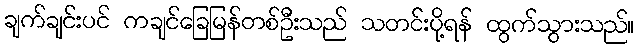
ချက်ချင်းပင် ကချင်ခြေမြန်တစ်ဦးသည် သတင်းပို့ရန် ထွက်သွားသည်။